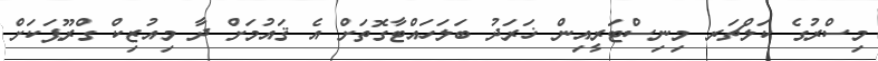
މިސްރުގެ ކަލްޗަރ މިނިސްޓަރީއިން ޚަރަދު ބަލަހައްޓާގޮތަށް އެ ޤައުމަށް ދާ މިއުޒިކް ގްރޫޕަކަށް